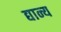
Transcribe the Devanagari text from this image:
द्यान्य